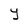
Character: Y